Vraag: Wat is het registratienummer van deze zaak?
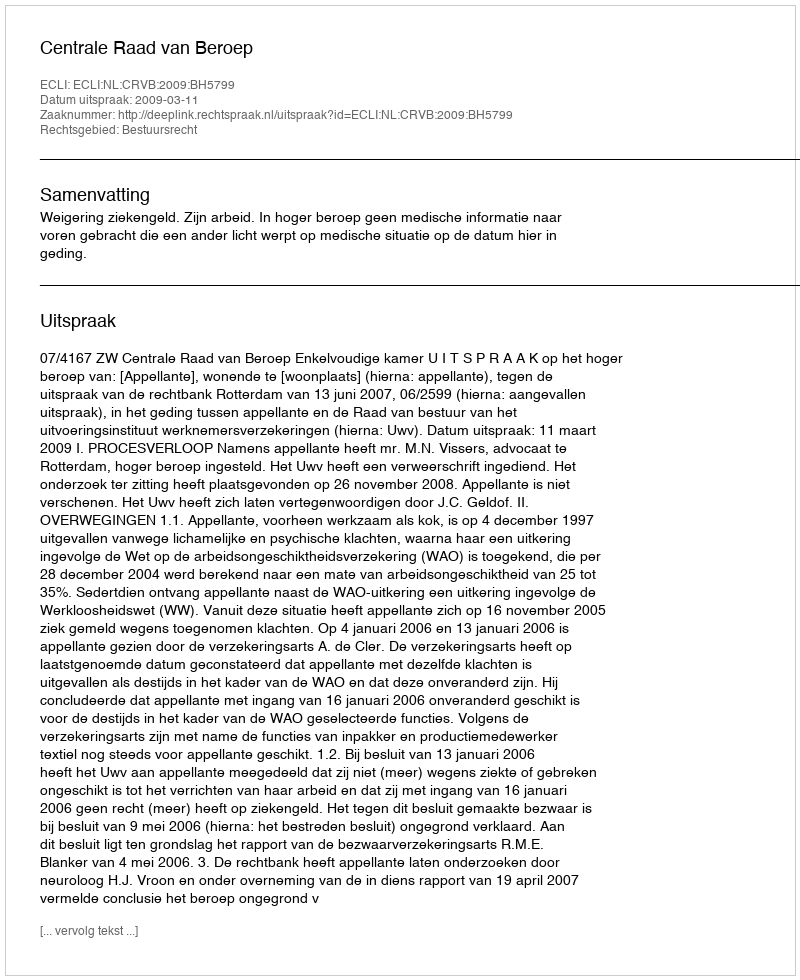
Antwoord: http://deeplink.rechtspraak.nl/uitspraak?id=ECLI:NL:CRVB:2009:BH5799